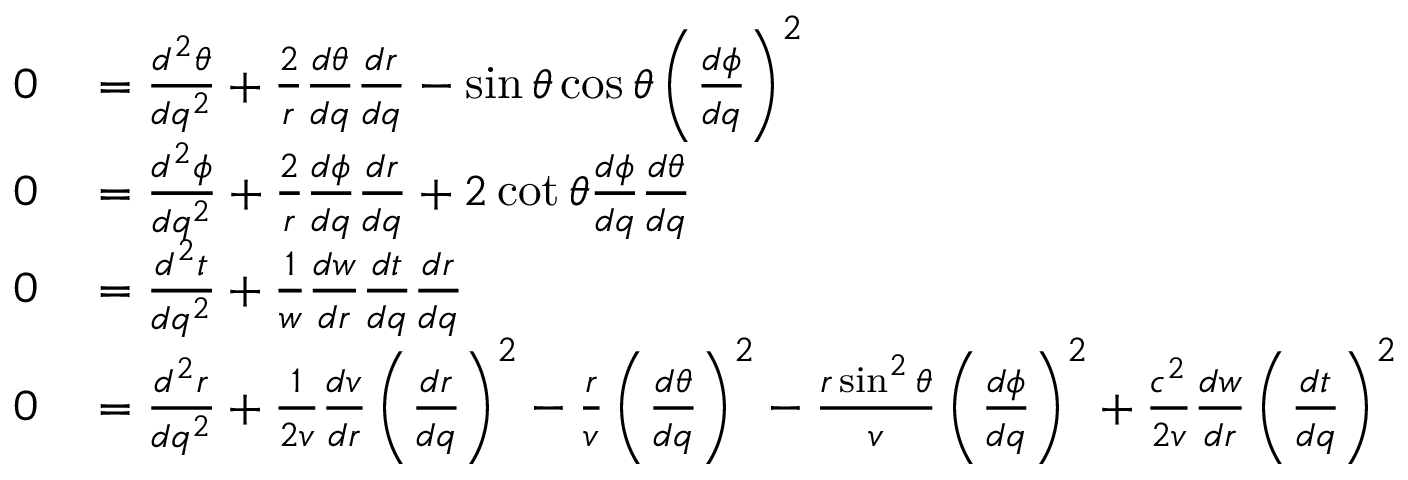
\begin{array} { r l } { 0 } & { { } = { \frac { d ^ { 2 } \theta } { d q ^ { 2 } } } + { \frac { 2 } { r } } { \frac { d \theta } { d q } } { \frac { d r } { d q } } - \sin \theta \cos \theta \left( { \frac { d \phi } { d q } } \right) ^ { 2 } } \\ { 0 } & { { } = { \frac { d ^ { 2 } \phi } { d q ^ { 2 } } } + { \frac { 2 } { r } } { \frac { d \phi } { d q } } { \frac { d r } { d q } } + 2 \cot \theta { \frac { d \phi } { d q } } { \frac { d \theta } { d q } } } \\ { 0 } & { { } = { \frac { d ^ { 2 } t } { d q ^ { 2 } } } + { \frac { 1 } { w } } { \frac { d w } { d r } } { \frac { d t } { d q } } { \frac { d r } { d q } } } \\ { 0 } & { { } = { \frac { d ^ { 2 } r } { d q ^ { 2 } } } + { \frac { 1 } { 2 v } } { \frac { d v } { d r } } \left( { \frac { d r } { d q } } \right) ^ { 2 } - { \frac { r } { v } } \left( { \frac { d \theta } { d q } } \right) ^ { 2 } - { \frac { r \sin ^ { 2 } \theta } { v } } \left( { \frac { d \phi } { d q } } \right) ^ { 2 } + { \frac { c ^ { 2 } } { 2 v } } { \frac { d w } { d r } } \left( { \frac { d t } { d q } } \right) ^ { 2 } } \end{array}